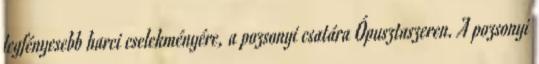
legfényesebb harci cselekményére, a pozsonyi csatára Ópusztaszeren. A pozsonyi